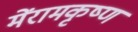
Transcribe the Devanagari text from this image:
मेंरामकृष्ण